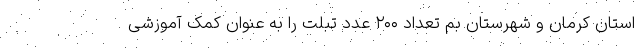
استان کرمان و شهرستان بم تعداد ۲۰۰ عدد تبلت را به عنوان کمک آموزشی